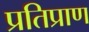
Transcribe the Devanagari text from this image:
प्रतिप्राण